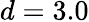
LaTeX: d=3.0